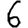
Digit: 6